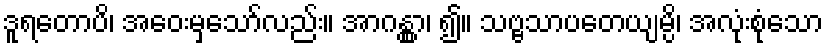
ဒူရတောပိ၊ အဝေးမှသော်လည်း။ အာဂန္တွာ၊ ၍။ သဗ္ဗသာပတေယျမ္ပိ၊ အလုံးစုံသော